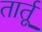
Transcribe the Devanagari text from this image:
तार्तू